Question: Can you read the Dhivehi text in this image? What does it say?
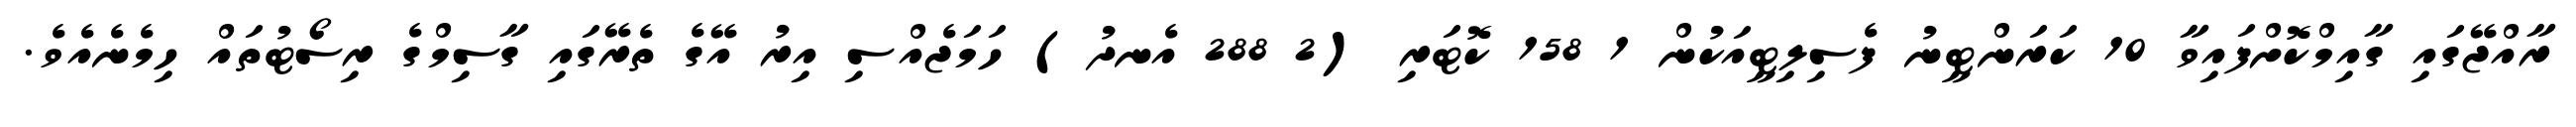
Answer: ރާއްޖޭގައި ގާއިމްކޮށްފައިވާ 10 ކަރަންޓީނު ފެސިލިޓީއަކުން 1 158 ކޮޓަރި (2 288 އެނދު) ހަމަޖެއްސި އިރު އޭގެ ތެރޭގައި ގާސިމްގެ ރިސޯޓުތައް ހިމެނެއެވެ.